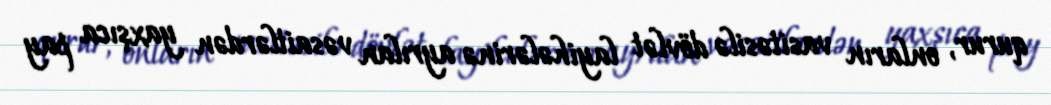
qurur, onların vasitəsilə dövlət layihələrinə ayrılan vəsaitlərdən yaxşıca pay